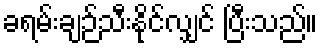
ခရမ်းချဉ်သီးနိုင်လျှင် ပြီးသည်။